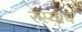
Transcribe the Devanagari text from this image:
रस्याचे